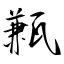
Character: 甉